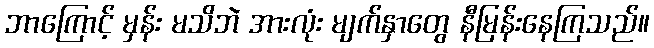
ဘာကြောင့် မှန်း မသိဘဲ အားလုံး မျက်နှာတွေ နီမြန်းနေကြသည်။